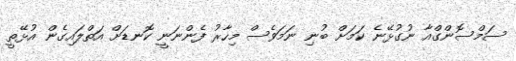
ސަމްސޮންގްއާ ނުގުޅޭނެ ކަމަށް ބުނި ނަމަވެސް މިހާރު ފެންނަނީ ކޮނޑަށް އަތްލައިގެން އުޅޭތީ